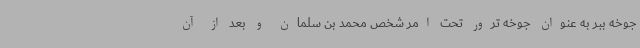
جوخه ببر به عنوان جوخه ترور تحت امر شخص محمد بن سلمان و بعد از آن